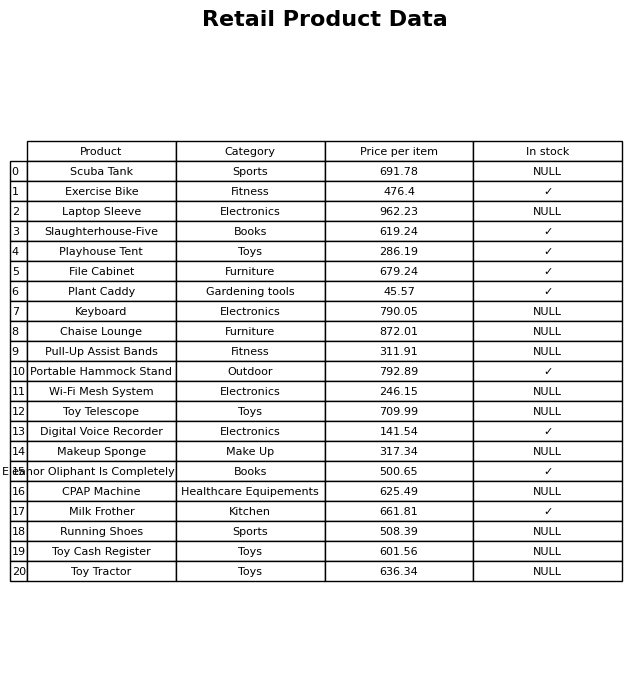
question: What is the price of the Eleanor Oliphant Is Completely Fine?
answer: The price of Eleanor Oliphant Is Completely Fine is 500.65.